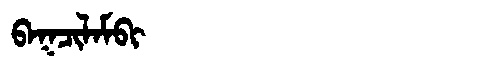
Manchu: ᠪᠠᡴᠴᡳᠯᠠᠮᠪᡳ
Romanization: BAKCILAMBI